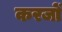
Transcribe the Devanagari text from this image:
करजों